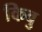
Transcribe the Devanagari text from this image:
किवु